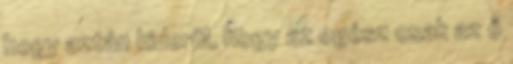
hogy aztán kiderül, hogy az egész csak az ő